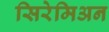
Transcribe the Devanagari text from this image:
सिरेमिअन